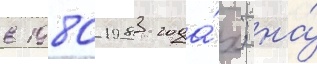
в 1980-1983 года́х; на́